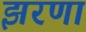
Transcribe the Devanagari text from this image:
झरणा